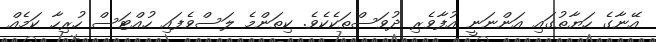
އޭނާގެ ހަޔާތުގައި އަންނަނީ އުފާވެރި ދުވަސްތަކެކެވެ. ކިތަންމެ ލަސްވެފައި ހުއްޓަސް ހުރިހާ ކަމެއް